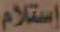
إستلام